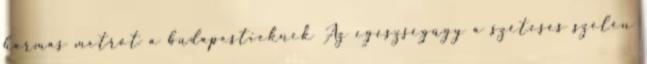
hármas metrót a budapestieknek Az egészségügy a szétesés szélén